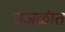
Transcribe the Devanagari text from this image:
उजळीत